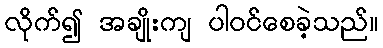
လိုက်၍ အချိုးကျ ပါဝင်စေခဲ့သည်။